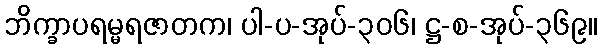
ဘိက္ခာပရမ္မရဇာတက၊ ပါ-ပ-အုပ်-၃၀၆၊ ဋ္ဌ-စ-အုပ်-၃၆၉။